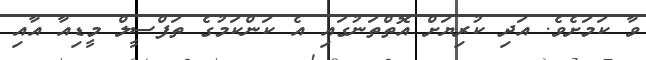
ވާ ކަމަށެވެ. އަދި ކުރިޔަށް އޮތްތަނުގައި އެ ކަންކަމުގެ ތަފްސީލް މީޑިއާ އާއި